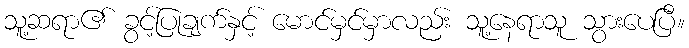
သူ့ဆရာ၏ ခွင့်ပြုချက်နှင့် မောင်မှင်မှာလည်း သူ့နေရာသူ သွားပေပြီ။